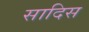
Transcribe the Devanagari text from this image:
सादिस